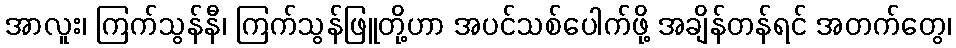
အာလူး၊ ကြက်သွန်နီ၊ ကြက်သွန်ဖြူတို့ဟာ အပင်သစ်ပေါက်ဖို့ အချိန်တန်ရင် အတက်တွေ၊